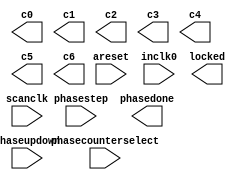
// megafunction wizard: %ALTPLL%VBB%
// GENERATION: STANDARD
// VERSION: WM1.0
// MODULE: altpll 

// ============================================================
// Megafunction Name(s):
// 			altpll
//
// Simulation Library Files(s):
// 			
// ============================================================
// ************************************************************
// THIS IS A WIZARD-GENERATED FILE. DO NOT EDIT THIS FILE!
//
// 11.0 Build 208 07/03/2011 SP 1 SJ Full Version
// ************************************************************

//Copyright (C) 1991-2011 Altera Corporation
//Your use of Altera Corporation's design tools, logic functions 
//and other software and tools, and its AMPP partner logic 
//functions, and any output files from any of the foregoing 
//(including device programming or simulation files), and any 
//associated documentation or information are expressly subject 
//to the terms and conditions of the Altera Program License 
//Subscription Agreement, Altera MegaCore Function License 
//Agreement, or other applicable license agreement, including, 
//without limitation, that your use is for the sole purpose of 
//programming logic devices manufactured by Altera and sold by 
//Altera or its authorized distributors.  Please refer to the 
//applicable agreement for further details.

module ddr3_s4_amphy_phy_alt_mem_phy_pll (
	areset,
	inclk0,
	phasecounterselect,
	phasestep,
	phaseupdown,
	scanclk,
	c0,
	c1,
	c2,
	c3,
	c4,
	c5,
	c6,
	locked,
	phasedone);

	input	  areset;
	input	  inclk0;
	input	[3:0]  phasecounterselect;
	input	  phasestep;
	input	  phaseupdown;
	input	  scanclk;
	output	  c0;
	output	  c1;
	output	  c2;
	output	  c3;
	output	  c4;
	output	  c5;
	output	  c6;
	output	  locked;
	output	  phasedone;
`ifndef ALTERA_RESERVED_QIS
// synopsys translate_off
`endif
	tri0	  areset;
	tri0	[3:0]  phasecounterselect;
	tri0	  phasestep;
	tri0	  phaseupdown;
`ifndef ALTERA_RESERVED_QIS
// synopsys translate_on
`endif

endmodule

// ============================================================
// CNX file retrieval info
// ============================================================
// Retrieval info: PRIVATE: ACTIVECLK_CHECK STRING "0"
// Retrieval info: PRIVATE: BANDWIDTH STRING "1.000"
// Retrieval info: PRIVATE: BANDWIDTH_FEATURE_ENABLED STRING "1"
// Retrieval info: PRIVATE: BANDWIDTH_FREQ_UNIT STRING "MHz"
// Retrieval info: PRIVATE: BANDWIDTH_PRESET STRING "Low"
// Retrieval info: PRIVATE: BANDWIDTH_USE_AUTO STRING "1"
// Retrieval info: PRIVATE: BANDWIDTH_USE_PRESET STRING "0"
// Retrieval info: PRIVATE: CLKBAD_SWITCHOVER_CHECK STRING "0"
// Retrieval info: PRIVATE: CLKLOSS_CHECK STRING "0"
// Retrieval info: PRIVATE: CLKSWITCH_CHECK STRING "0"
// Retrieval info: PRIVATE: CNX_NO_COMPENSATE_RADIO STRING "1"
// Retrieval info: PRIVATE: CREATE_CLKBAD_CHECK STRING "0"
// Retrieval info: PRIVATE: CREATE_INCLK1_CHECK STRING "0"
// Retrieval info: PRIVATE: CUR_DEDICATED_CLK STRING "c0"
// Retrieval info: PRIVATE: CUR_FBIN_CLK STRING "c0"
// Retrieval info: PRIVATE: DEVICE_SPEED_GRADE STRING "2"
// Retrieval info: PRIVATE: DIV_FACTOR0 NUMERIC "1"
// Retrieval info: PRIVATE: DIV_FACTOR1 NUMERIC "1"
// Retrieval info: PRIVATE: DIV_FACTOR2 NUMERIC "1"
// Retrieval info: PRIVATE: DIV_FACTOR3 NUMERIC "1"
// Retrieval info: PRIVATE: DIV_FACTOR4 NUMERIC "1"
// Retrieval info: PRIVATE: DIV_FACTOR5 NUMERIC "1"
// Retrieval info: PRIVATE: DIV_FACTOR6 NUMERIC "1"
// Retrieval info: PRIVATE: DUTY_CYCLE0 STRING "50.00000000"
// Retrieval info: PRIVATE: DUTY_CYCLE1 STRING "50.00000000"
// Retrieval info: PRIVATE: DUTY_CYCLE2 STRING "50.00000000"
// Retrieval info: PRIVATE: DUTY_CYCLE3 STRING "50.00000000"
// Retrieval info: PRIVATE: DUTY_CYCLE4 STRING "50.00000000"
// Retrieval info: PRIVATE: DUTY_CYCLE5 STRING "50.00000000"
// Retrieval info: PRIVATE: DUTY_CYCLE6 STRING "50.00000000"
// Retrieval info: PRIVATE: EFF_OUTPUT_FREQ_VALUE0 STRING "150.000000"
// Retrieval info: PRIVATE: EFF_OUTPUT_FREQ_VALUE1 STRING "300.000000"
// Retrieval info: PRIVATE: EFF_OUTPUT_FREQ_VALUE2 STRING "300.000000"
// Retrieval info: PRIVATE: EFF_OUTPUT_FREQ_VALUE3 STRING "300.000000"
// Retrieval info: PRIVATE: EFF_OUTPUT_FREQ_VALUE4 STRING "300.000000"
// Retrieval info: PRIVATE: EFF_OUTPUT_FREQ_VALUE5 STRING "150.000000"
// Retrieval info: PRIVATE: EFF_OUTPUT_FREQ_VALUE6 STRING "150.000000"
// Retrieval info: PRIVATE: EXPLICIT_SWITCHOVER_COUNTER STRING "0"
// Retrieval info: PRIVATE: EXT_FEEDBACK_RADIO STRING "0"
// Retrieval info: PRIVATE: GLOCKED_COUNTER_EDIT_CHANGED STRING "1"
// Retrieval info: PRIVATE: GLOCKED_FEATURE_ENABLED STRING "0"
// Retrieval info: PRIVATE: GLOCKED_MODE_CHECK STRING "0"
// Retrieval info: PRIVATE: GLOCK_COUNTER_EDIT NUMERIC "1048575"
// Retrieval info: PRIVATE: HAS_MANUAL_SWITCHOVER STRING "1"
// Retrieval info: PRIVATE: INCLK0_FREQ_EDIT STRING "100.000"
// Retrieval info: PRIVATE: INCLK0_FREQ_UNIT_COMBO STRING "MHz"
// Retrieval info: PRIVATE: INCLK1_FREQ_EDIT STRING "100.000"
// Retrieval info: PRIVATE: INCLK1_FREQ_EDIT_CHANGED STRING "1"
// Retrieval info: PRIVATE: INCLK1_FREQ_UNIT_CHANGED STRING "1"
// Retrieval info: PRIVATE: INCLK1_FREQ_UNIT_COMBO STRING "MHz"
// Retrieval info: PRIVATE: INTENDED_DEVICE_FAMILY STRING "Stratix IV"
// Retrieval info: PRIVATE: INT_FEEDBACK__MODE_RADIO STRING "1"
// Retrieval info: PRIVATE: LOCKED_OUTPUT_CHECK STRING "1"
// Retrieval info: PRIVATE: LONG_SCAN_RADIO STRING "1"
// Retrieval info: PRIVATE: LVDS_MODE_DATA_RATE STRING "Not Available"
// Retrieval info: PRIVATE: LVDS_MODE_DATA_RATE_DIRTY NUMERIC "0"
// Retrieval info: PRIVATE: LVDS_PHASE_SHIFT_UNIT0 STRING "deg"
// Retrieval info: PRIVATE: LVDS_PHASE_SHIFT_UNIT1 STRING "deg"
// Retrieval info: PRIVATE: LVDS_PHASE_SHIFT_UNIT2 STRING "deg"
// Retrieval info: PRIVATE: LVDS_PHASE_SHIFT_UNIT3 STRING "deg"
// Retrieval info: PRIVATE: LVDS_PHASE_SHIFT_UNIT4 STRING "deg"
// Retrieval info: PRIVATE: LVDS_PHASE_SHIFT_UNIT5 STRING "deg"
// Retrieval info: PRIVATE: LVDS_PHASE_SHIFT_UNIT6 STRING "deg"
// Retrieval info: PRIVATE: MANUAL_PHASE_SHIFT_STEP_EDIT STRING "83.00000000"
// Retrieval info: PRIVATE: MANUAL_PHASE_SHIFT_STEP_UNIT STRING "ps"
// Retrieval info: PRIVATE: MIG_DEVICE_SPEED_GRADE STRING "Any"
// Retrieval info: PRIVATE: MULT_FACTOR0 NUMERIC "2"
// Retrieval info: PRIVATE: MULT_FACTOR1 NUMERIC "4"
// Retrieval info: PRIVATE: MULT_FACTOR2 NUMERIC "2"
// Retrieval info: PRIVATE: MULT_FACTOR3 NUMERIC "4"
// Retrieval info: PRIVATE: MULT_FACTOR4 NUMERIC "4"
// Retrieval info: PRIVATE: MULT_FACTOR5 NUMERIC "2"
// Retrieval info: PRIVATE: MULT_FACTOR6 NUMERIC "2"
// Retrieval info: PRIVATE: NORMAL_MODE_RADIO STRING "0"
// Retrieval info: PRIVATE: OUTPUT_FREQ0 STRING "150.00000000"
// Retrieval info: PRIVATE: OUTPUT_FREQ1 STRING "300.00000000"
// Retrieval info: PRIVATE: OUTPUT_FREQ2 STRING "300.00000000"
// Retrieval info: PRIVATE: OUTPUT_FREQ3 STRING "300.00000000"
// Retrieval info: PRIVATE: OUTPUT_FREQ4 STRING "300.00000000"
// Retrieval info: PRIVATE: OUTPUT_FREQ5 STRING "150.00000000"
// Retrieval info: PRIVATE: OUTPUT_FREQ6 STRING "150.00000000"
// Retrieval info: PRIVATE: OUTPUT_FREQ_MODE0 STRING "1"
// Retrieval info: PRIVATE: OUTPUT_FREQ_MODE1 STRING "1"
// Retrieval info: PRIVATE: OUTPUT_FREQ_MODE2 STRING "1"
// Retrieval info: PRIVATE: OUTPUT_FREQ_MODE3 STRING "1"
// Retrieval info: PRIVATE: OUTPUT_FREQ_MODE4 STRING "1"
// Retrieval info: PRIVATE: OUTPUT_FREQ_MODE5 STRING "1"
// Retrieval info: PRIVATE: OUTPUT_FREQ_MODE6 STRING "1"
// Retrieval info: PRIVATE: OUTPUT_FREQ_UNIT0 STRING "MHz"
// Retrieval info: PRIVATE: OUTPUT_FREQ_UNIT1 STRING "MHz"
// Retrieval info: PRIVATE: OUTPUT_FREQ_UNIT2 STRING "MHz"
// Retrieval info: PRIVATE: OUTPUT_FREQ_UNIT3 STRING "MHz"
// Retrieval info: PRIVATE: OUTPUT_FREQ_UNIT4 STRING "MHz"
// Retrieval info: PRIVATE: OUTPUT_FREQ_UNIT5 STRING "MHz"
// Retrieval info: PRIVATE: OUTPUT_FREQ_UNIT6 STRING "MHz"
// Retrieval info: PRIVATE: PHASE_RECONFIG_FEATURE_ENABLED STRING "1"
// Retrieval info: PRIVATE: PHASE_RECONFIG_INPUTS_CHECK STRING "1"
// Retrieval info: PRIVATE: PHASE_SHIFT0 STRING "30.00000000"
// Retrieval info: PRIVATE: PHASE_SHIFT1 STRING "0.00000000"
// Retrieval info: PRIVATE: PHASE_SHIFT2 STRING "60.00000000"
// Retrieval info: PRIVATE: PHASE_SHIFT3 STRING "-90.00000000"
// Retrieval info: PRIVATE: PHASE_SHIFT4 STRING "0.00000000"
// Retrieval info: PRIVATE: PHASE_SHIFT5 STRING "0.00000000"
// Retrieval info: PRIVATE: PHASE_SHIFT6 STRING "240.00000000"
// Retrieval info: PRIVATE: PHASE_SHIFT_STEP_ENABLED_CHECK STRING "1"
// Retrieval info: PRIVATE: PHASE_SHIFT_UNIT0 STRING "deg"
// Retrieval info: PRIVATE: PHASE_SHIFT_UNIT1 STRING "deg"
// Retrieval info: PRIVATE: PHASE_SHIFT_UNIT2 STRING "deg"
// Retrieval info: PRIVATE: PHASE_SHIFT_UNIT3 STRING "deg"
// Retrieval info: PRIVATE: PHASE_SHIFT_UNIT4 STRING "deg"
// Retrieval info: PRIVATE: PHASE_SHIFT_UNIT5 STRING "deg"
// Retrieval info: PRIVATE: PHASE_SHIFT_UNIT6 STRING "deg"
// Retrieval info: PRIVATE: PLL_ADVANCED_PARAM_CHECK STRING "0"
// Retrieval info: PRIVATE: PLL_ARESET_CHECK STRING "1"
// Retrieval info: PRIVATE: PLL_AUTOPLL_CHECK NUMERIC "1"
// Retrieval info: PRIVATE: PLL_ENHPLL_CHECK NUMERIC "0"
// Retrieval info: PRIVATE: PLL_FASTPLL_CHECK NUMERIC "0"
// Retrieval info: PRIVATE: PLL_FBMIMIC_CHECK STRING "0"
// Retrieval info: PRIVATE: PLL_LVDS_PLL_CHECK NUMERIC "0"
// Retrieval info: PRIVATE: PLL_PFDENA_CHECK STRING "0"
// Retrieval info: PRIVATE: PLL_TARGET_HARCOPY_CHECK NUMERIC "0"
// Retrieval info: PRIVATE: PRIMARY_CLK_COMBO STRING "inclk0"
// Retrieval info: PRIVATE: RECONFIG_FILE STRING "alt_mem_phy_pll.mif"
// Retrieval info: PRIVATE: SACN_INPUTS_CHECK STRING "0"
// Retrieval info: PRIVATE: SCAN_FEATURE_ENABLED STRING "1"
// Retrieval info: PRIVATE: SELF_RESET_LOCK_LOSS STRING "0"
// Retrieval info: PRIVATE: SHORT_SCAN_RADIO STRING "0"
// Retrieval info: PRIVATE: SPREAD_FEATURE_ENABLED STRING "0"
// Retrieval info: PRIVATE: SPREAD_FREQ STRING "50.000"
// Retrieval info: PRIVATE: SPREAD_FREQ_UNIT STRING "KHz"
// Retrieval info: PRIVATE: SPREAD_PERCENT STRING "0.500"
// Retrieval info: PRIVATE: SPREAD_USE STRING "0"
// Retrieval info: PRIVATE: SRC_SYNCH_COMP_RADIO STRING "0"
// Retrieval info: PRIVATE: STICKY_CLK0 STRING "1"
// Retrieval info: PRIVATE: STICKY_CLK1 STRING "1"
// Retrieval info: PRIVATE: STICKY_CLK2 STRING "1"
// Retrieval info: PRIVATE: STICKY_CLK3 STRING "1"
// Retrieval info: PRIVATE: STICKY_CLK4 STRING "1"
// Retrieval info: PRIVATE: STICKY_CLK5 STRING "1"
// Retrieval info: PRIVATE: STICKY_CLK6 STRING "1"
// Retrieval info: PRIVATE: SWITCHOVER_COUNT_EDIT NUMERIC "1"
// Retrieval info: PRIVATE: SWITCHOVER_FEATURE_ENABLED STRING "1"
// Retrieval info: PRIVATE: SYNTH_WRAPPER_GEN_POSTFIX STRING "0"
// Retrieval info: PRIVATE: USE_CLK0 STRING "1"
// Retrieval info: PRIVATE: USE_CLK1 STRING "1"
// Retrieval info: PRIVATE: USE_CLK2 STRING "1"
// Retrieval info: PRIVATE: USE_CLK3 STRING "1"
// Retrieval info: PRIVATE: USE_CLK4 STRING "1"
// Retrieval info: PRIVATE: USE_CLK5 STRING "1"
// Retrieval info: PRIVATE: USE_CLK6 STRING "1"
// Retrieval info: PRIVATE: USE_MIL_SPEED_GRADE NUMERIC "0"
// Retrieval info: PRIVATE: ZERO_DELAY_RADIO STRING "0"
// Retrieval info: LIBRARY: altera_mf altera_mf.altera_mf_components.all
// Retrieval info: CONSTANT: BANDWIDTH_TYPE STRING "AUTO"
// Retrieval info: CONSTANT: CLK0_DIVIDE_BY NUMERIC "2"
// Retrieval info: CONSTANT: CLK0_DUTY_CYCLE NUMERIC "50"
// Retrieval info: CONSTANT: CLK0_MULTIPLY_BY NUMERIC "3"
// Retrieval info: CONSTANT: CLK0_PHASE_SHIFT STRING "556"
// Retrieval info: CONSTANT: CLK1_DIVIDE_BY NUMERIC "1"
// Retrieval info: CONSTANT: CLK1_DUTY_CYCLE NUMERIC "50"
// Retrieval info: CONSTANT: CLK1_MULTIPLY_BY NUMERIC "3"
// Retrieval info: CONSTANT: CLK1_PHASE_SHIFT STRING "0"
// Retrieval info: CONSTANT: CLK2_DIVIDE_BY NUMERIC "1"
// Retrieval info: CONSTANT: CLK2_DUTY_CYCLE NUMERIC "50"
// Retrieval info: CONSTANT: CLK2_MULTIPLY_BY NUMERIC "3"
// Retrieval info: CONSTANT: CLK2_PHASE_SHIFT STRING "556"
// Retrieval info: CONSTANT: CLK3_DIVIDE_BY NUMERIC "1"
// Retrieval info: CONSTANT: CLK3_DUTY_CYCLE NUMERIC "50"
// Retrieval info: CONSTANT: CLK3_MULTIPLY_BY NUMERIC "3"
// Retrieval info: CONSTANT: CLK3_PHASE_SHIFT STRING "-833"
// Retrieval info: CONSTANT: CLK4_DIVIDE_BY NUMERIC "1"
// Retrieval info: CONSTANT: CLK4_DUTY_CYCLE NUMERIC "50"
// Retrieval info: CONSTANT: CLK4_MULTIPLY_BY NUMERIC "3"
// Retrieval info: CONSTANT: CLK4_PHASE_SHIFT STRING "0"
// Retrieval info: CONSTANT: CLK5_DIVIDE_BY NUMERIC "2"
// Retrieval info: CONSTANT: CLK5_DUTY_CYCLE NUMERIC "50"
// Retrieval info: CONSTANT: CLK5_MULTIPLY_BY NUMERIC "3"
// Retrieval info: CONSTANT: CLK5_PHASE_SHIFT STRING "0"
// Retrieval info: CONSTANT: CLK6_DIVIDE_BY NUMERIC "2"
// Retrieval info: CONSTANT: CLK6_DUTY_CYCLE NUMERIC "50"
// Retrieval info: CONSTANT: CLK6_MULTIPLY_BY NUMERIC "3"
// Retrieval info: CONSTANT: CLK6_PHASE_SHIFT STRING "4444"
// Retrieval info: CONSTANT: INCLK0_INPUT_FREQUENCY NUMERIC "10000"
// Retrieval info: CONSTANT: INTENDED_DEVICE_FAMILY STRING "Stratix IV"
// Retrieval info: CONSTANT: LPM_TYPE STRING "altpll"
// Retrieval info: CONSTANT: OPERATION_MODE STRING "NO_COMPENSATION"
// Retrieval info: CONSTANT: PLL_TYPE STRING "AUTO"
// Retrieval info: CONSTANT: PORT_ACTIVECLOCK STRING "PORT_UNUSED"
// Retrieval info: CONSTANT: PORT_ARESET STRING "PORT_USED"
// Retrieval info: CONSTANT: PORT_CLKBAD0 STRING "PORT_UNUSED"
// Retrieval info: CONSTANT: PORT_CLKBAD1 STRING "PORT_UNUSED"
// Retrieval info: CONSTANT: PORT_CLKLOSS STRING "PORT_UNUSED"
// Retrieval info: CONSTANT: PORT_CLKSWITCH STRING "PORT_UNUSED"
// Retrieval info: CONSTANT: PORT_CONFIGUPDATE STRING "PORT_UNUSED"
// Retrieval info: CONSTANT: PORT_FBIN STRING "PORT_UNUSED"
// Retrieval info: CONSTANT: PORT_FBOUT STRING "PORT_UNUSED"
// Retrieval info: CONSTANT: PORT_INCLK0 STRING "PORT_USED"
// Retrieval info: CONSTANT: PORT_INCLK1 STRING "PORT_UNUSED"
// Retrieval info: CONSTANT: PORT_LOCKED STRING "PORT_USED"
// Retrieval info: CONSTANT: PORT_PFDENA STRING "PORT_UNUSED"
// Retrieval info: CONSTANT: PORT_PHASECOUNTERSELECT STRING "PORT_USED"
// Retrieval info: CONSTANT: PORT_PHASEDONE STRING "PORT_USED"
// Retrieval info: CONSTANT: PORT_PHASESTEP STRING "PORT_USED"
// Retrieval info: CONSTANT: PORT_PHASEUPDOWN STRING "PORT_USED"
// Retrieval info: CONSTANT: PORT_PLLENA STRING "PORT_UNUSED"
// Retrieval info: CONSTANT: PORT_SCANACLR STRING "PORT_UNUSED"
// Retrieval info: CONSTANT: PORT_SCANCLK STRING "PORT_USED"
// Retrieval info: CONSTANT: PORT_SCANCLKENA STRING "PORT_UNUSED"
// Retrieval info: CONSTANT: PORT_SCANDATA STRING "PORT_UNUSED"
// Retrieval info: CONSTANT: PORT_SCANDATAOUT STRING "PORT_UNUSED"
// Retrieval info: CONSTANT: PORT_SCANDONE STRING "PORT_UNUSED"
// Retrieval info: CONSTANT: PORT_SCANREAD STRING "PORT_UNUSED"
// Retrieval info: CONSTANT: PORT_SCANWRITE STRING "PORT_UNUSED"
// Retrieval info: CONSTANT: PORT_clk0 STRING "PORT_USED"
// Retrieval info: CONSTANT: PORT_clk1 STRING "PORT_USED"
// Retrieval info: CONSTANT: PORT_clk2 STRING "PORT_USED"
// Retrieval info: CONSTANT: PORT_clk3 STRING "PORT_USED"
// Retrieval info: CONSTANT: PORT_clk4 STRING "PORT_USED"
// Retrieval info: CONSTANT: PORT_clk5 STRING "PORT_USED"
// Retrieval info: CONSTANT: PORT_clk6 STRING "PORT_USED"
// Retrieval info: CONSTANT: PORT_clk7 STRING "PORT_UNUSED"
// Retrieval info: CONSTANT: PORT_clk8 STRING "PORT_UNUSED"
// Retrieval info: CONSTANT: PORT_clk9 STRING "PORT_UNUSED"
// Retrieval info: CONSTANT: PORT_clkena0 STRING "PORT_UNUSED"
// Retrieval info: CONSTANT: PORT_clkena1 STRING "PORT_UNUSED"
// Retrieval info: CONSTANT: PORT_clkena2 STRING "PORT_UNUSED"
// Retrieval info: CONSTANT: PORT_clkena3 STRING "PORT_UNUSED"
// Retrieval info: CONSTANT: PORT_clkena4 STRING "PORT_UNUSED"
// Retrieval info: CONSTANT: PORT_clkena5 STRING "PORT_UNUSED"
// Retrieval info: CONSTANT: SELF_RESET_ON_LOSS_LOCK STRING "OFF"
// Retrieval info: CONSTANT: USING_FBMIMICBIDIR_PORT STRING "OFF"
// Retrieval info: CONSTANT: VCO_FREQUENCY_CONTROL STRING "MANUAL_PHASE"
// Retrieval info: CONSTANT: VCO_PHASE_SHIFT_STEP NUMERIC "83"
// Retrieval info: CONSTANT: WIDTH_CLOCK NUMERIC "10"
// Retrieval info: USED_PORT: @clk 0 0 10 0 OUTPUT_CLK_EXT VCC "@clk[9..0]"
// Retrieval info: USED_PORT: areset 0 0 0 0 INPUT GND "areset"
// Retrieval info: USED_PORT: c0 0 0 0 0 OUTPUT_CLK_EXT VCC "c0"
// Retrieval info: USED_PORT: c1 0 0 0 0 OUTPUT_CLK_EXT VCC "c1"
// Retrieval info: USED_PORT: c2 0 0 0 0 OUTPUT_CLK_EXT VCC "c2"
// Retrieval info: USED_PORT: c3 0 0 0 0 OUTPUT_CLK_EXT VCC "c3"
// Retrieval info: USED_PORT: c4 0 0 0 0 OUTPUT_CLK_EXT VCC "c4"
// Retrieval info: USED_PORT: c5 0 0 0 0 OUTPUT_CLK_EXT VCC "c5"
// Retrieval info: USED_PORT: c6 0 0 0 0 OUTPUT_CLK_EXT VCC "c6"
// Retrieval info: USED_PORT: inclk0 0 0 0 0 INPUT_CLK_EXT GND "inclk0"
// Retrieval info: USED_PORT: locked 0 0 0 0 OUTPUT GND "locked"
// Retrieval info: USED_PORT: phasecounterselect 0 0 4 0 INPUT GND "phasecounterselect[3..0]"
// Retrieval info: USED_PORT: phasedone 0 0 0 0 OUTPUT GND "phasedone"
// Retrieval info: USED_PORT: phasestep 0 0 0 0 INPUT GND "phasestep"
// Retrieval info: USED_PORT: phaseupdown 0 0 0 0 INPUT GND "phaseupdown"
// Retrieval info: USED_PORT: scanclk 0 0 0 0 INPUT_CLK_EXT VCC "scanclk"
// Retrieval info: CONNECT: @areset 0 0 0 0 areset 0 0 0 0
// Retrieval info: CONNECT: @inclk 0 0 1 1 GND 0 0 0 0
// Retrieval info: CONNECT: @inclk 0 0 1 0 inclk0 0 0 0 0
// Retrieval info: CONNECT: @phasecounterselect 0 0 4 0 phasecounterselect 0 0 4 0
// Retrieval info: CONNECT: @phasestep 0 0 0 0 phasestep 0 0 0 0
// Retrieval info: CONNECT: @phaseupdown 0 0 0 0 phaseupdown 0 0 0 0
// Retrieval info: CONNECT: @scanclk 0 0 0 0 scanclk 0 0 0 0
// Retrieval info: CONNECT: c0 0 0 0 0 @clk 0 0 1 0
// Retrieval info: CONNECT: c1 0 0 0 0 @clk 0 0 1 1
// Retrieval info: CONNECT: c2 0 0 0 0 @clk 0 0 1 2
// Retrieval info: CONNECT: c3 0 0 0 0 @clk 0 0 1 3
// Retrieval info: CONNECT: c4 0 0 0 0 @clk 0 0 1 4
// Retrieval info: CONNECT: c5 0 0 0 0 @clk 0 0 1 5
// Retrieval info: CONNECT: c6 0 0 0 0 @clk 0 0 1 6
// Retrieval info: CONNECT: locked 0 0 0 0 @locked 0 0 0 0
// Retrieval info: CONNECT: phasedone 0 0 0 0 @phasedone 0 0 0 0
// Retrieval info: GEN_FILE: TYPE_NORMAL alt_mem_phy_pll.v TRUE
// Retrieval info: GEN_FILE: TYPE_NORMAL alt_mem_phy_pll.ppf TRUE
// Retrieval info: GEN_FILE: TYPE_NORMAL alt_mem_phy_pll.inc FALSE
// Retrieval info: GEN_FILE: TYPE_NORMAL alt_mem_phy_pll.cmp FALSE
// Retrieval info: GEN_FILE: TYPE_NORMAL alt_mem_phy_pll.bsf FALSE
// Retrieval info: GEN_FILE: TYPE_NORMAL alt_mem_phy_pll_inst.v FALSE
// Retrieval info: GEN_FILE: TYPE_NORMAL alt_mem_phy_pll_bb.v TRUE
// Retrieval info: GEN_FILE: TYPE_NORMAL ddr3_s4_amphy_phy_alt_mem_phy_pll.v TRUE
// Retrieval info: GEN_FILE: TYPE_NORMAL ddr3_s4_amphy_phy_alt_mem_phy_pll.inc FALSE
// Retrieval info: GEN_FILE: TYPE_NORMAL ddr3_s4_amphy_phy_alt_mem_phy_pll.cmp FALSE
// Retrieval info: GEN_FILE: TYPE_NORMAL ddr3_s4_amphy_phy_alt_mem_phy_pll.bsf FALSE
// Retrieval info: GEN_FILE: TYPE_NORMAL ddr3_s4_amphy_phy_alt_mem_phy_pll_inst.v FALSE
// Retrieval info: GEN_FILE: TYPE_NORMAL ddr3_s4_amphy_phy_alt_mem_phy_pll_bb.v TRUE